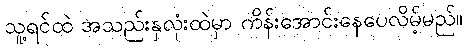
သူ့ရင်ထဲ အသည်းနှလုံးထဲမှာ ကိန်းအောင်းနေပေလိမ့်မည်။